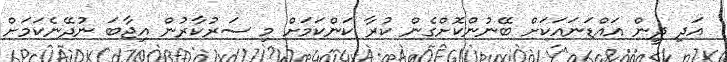
އަދި ދީން އައްޑަނައަކަށް ބޭނުންކޮށްގެން ކުރާ ކަންކަމަށް މި ސަރުކާރުން އިޖާބަ ނުދޭނެކަމަށް